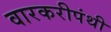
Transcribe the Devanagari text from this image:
वारकरीपंथी